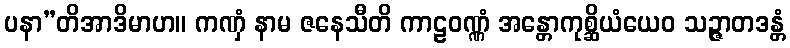
ပနာ”တိအာဒိမာဟ။ ကဏှံ နာမ ဇနေသီတိ ကာဠဝဏ္ဏံ အန္တောကုစ္ဆိယံယေဝ သဉ္ဇာတဒန္တံ